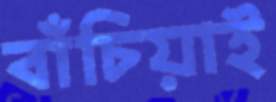
বাঁচিয়াই